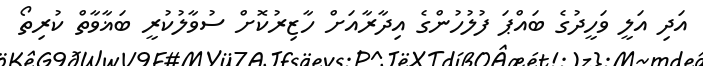
އަދި އަލީ ވަހީދުގެ ބައްޕަ ފުލުހުންގެ އިދާރާއަށް ހާޒިރުކޮށް ސުވާލުކުރީ ބަޣާވާތް ކުރިތޯ